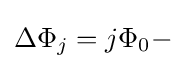
\Delta \Phi _{j}=j\Phi _{0}-\